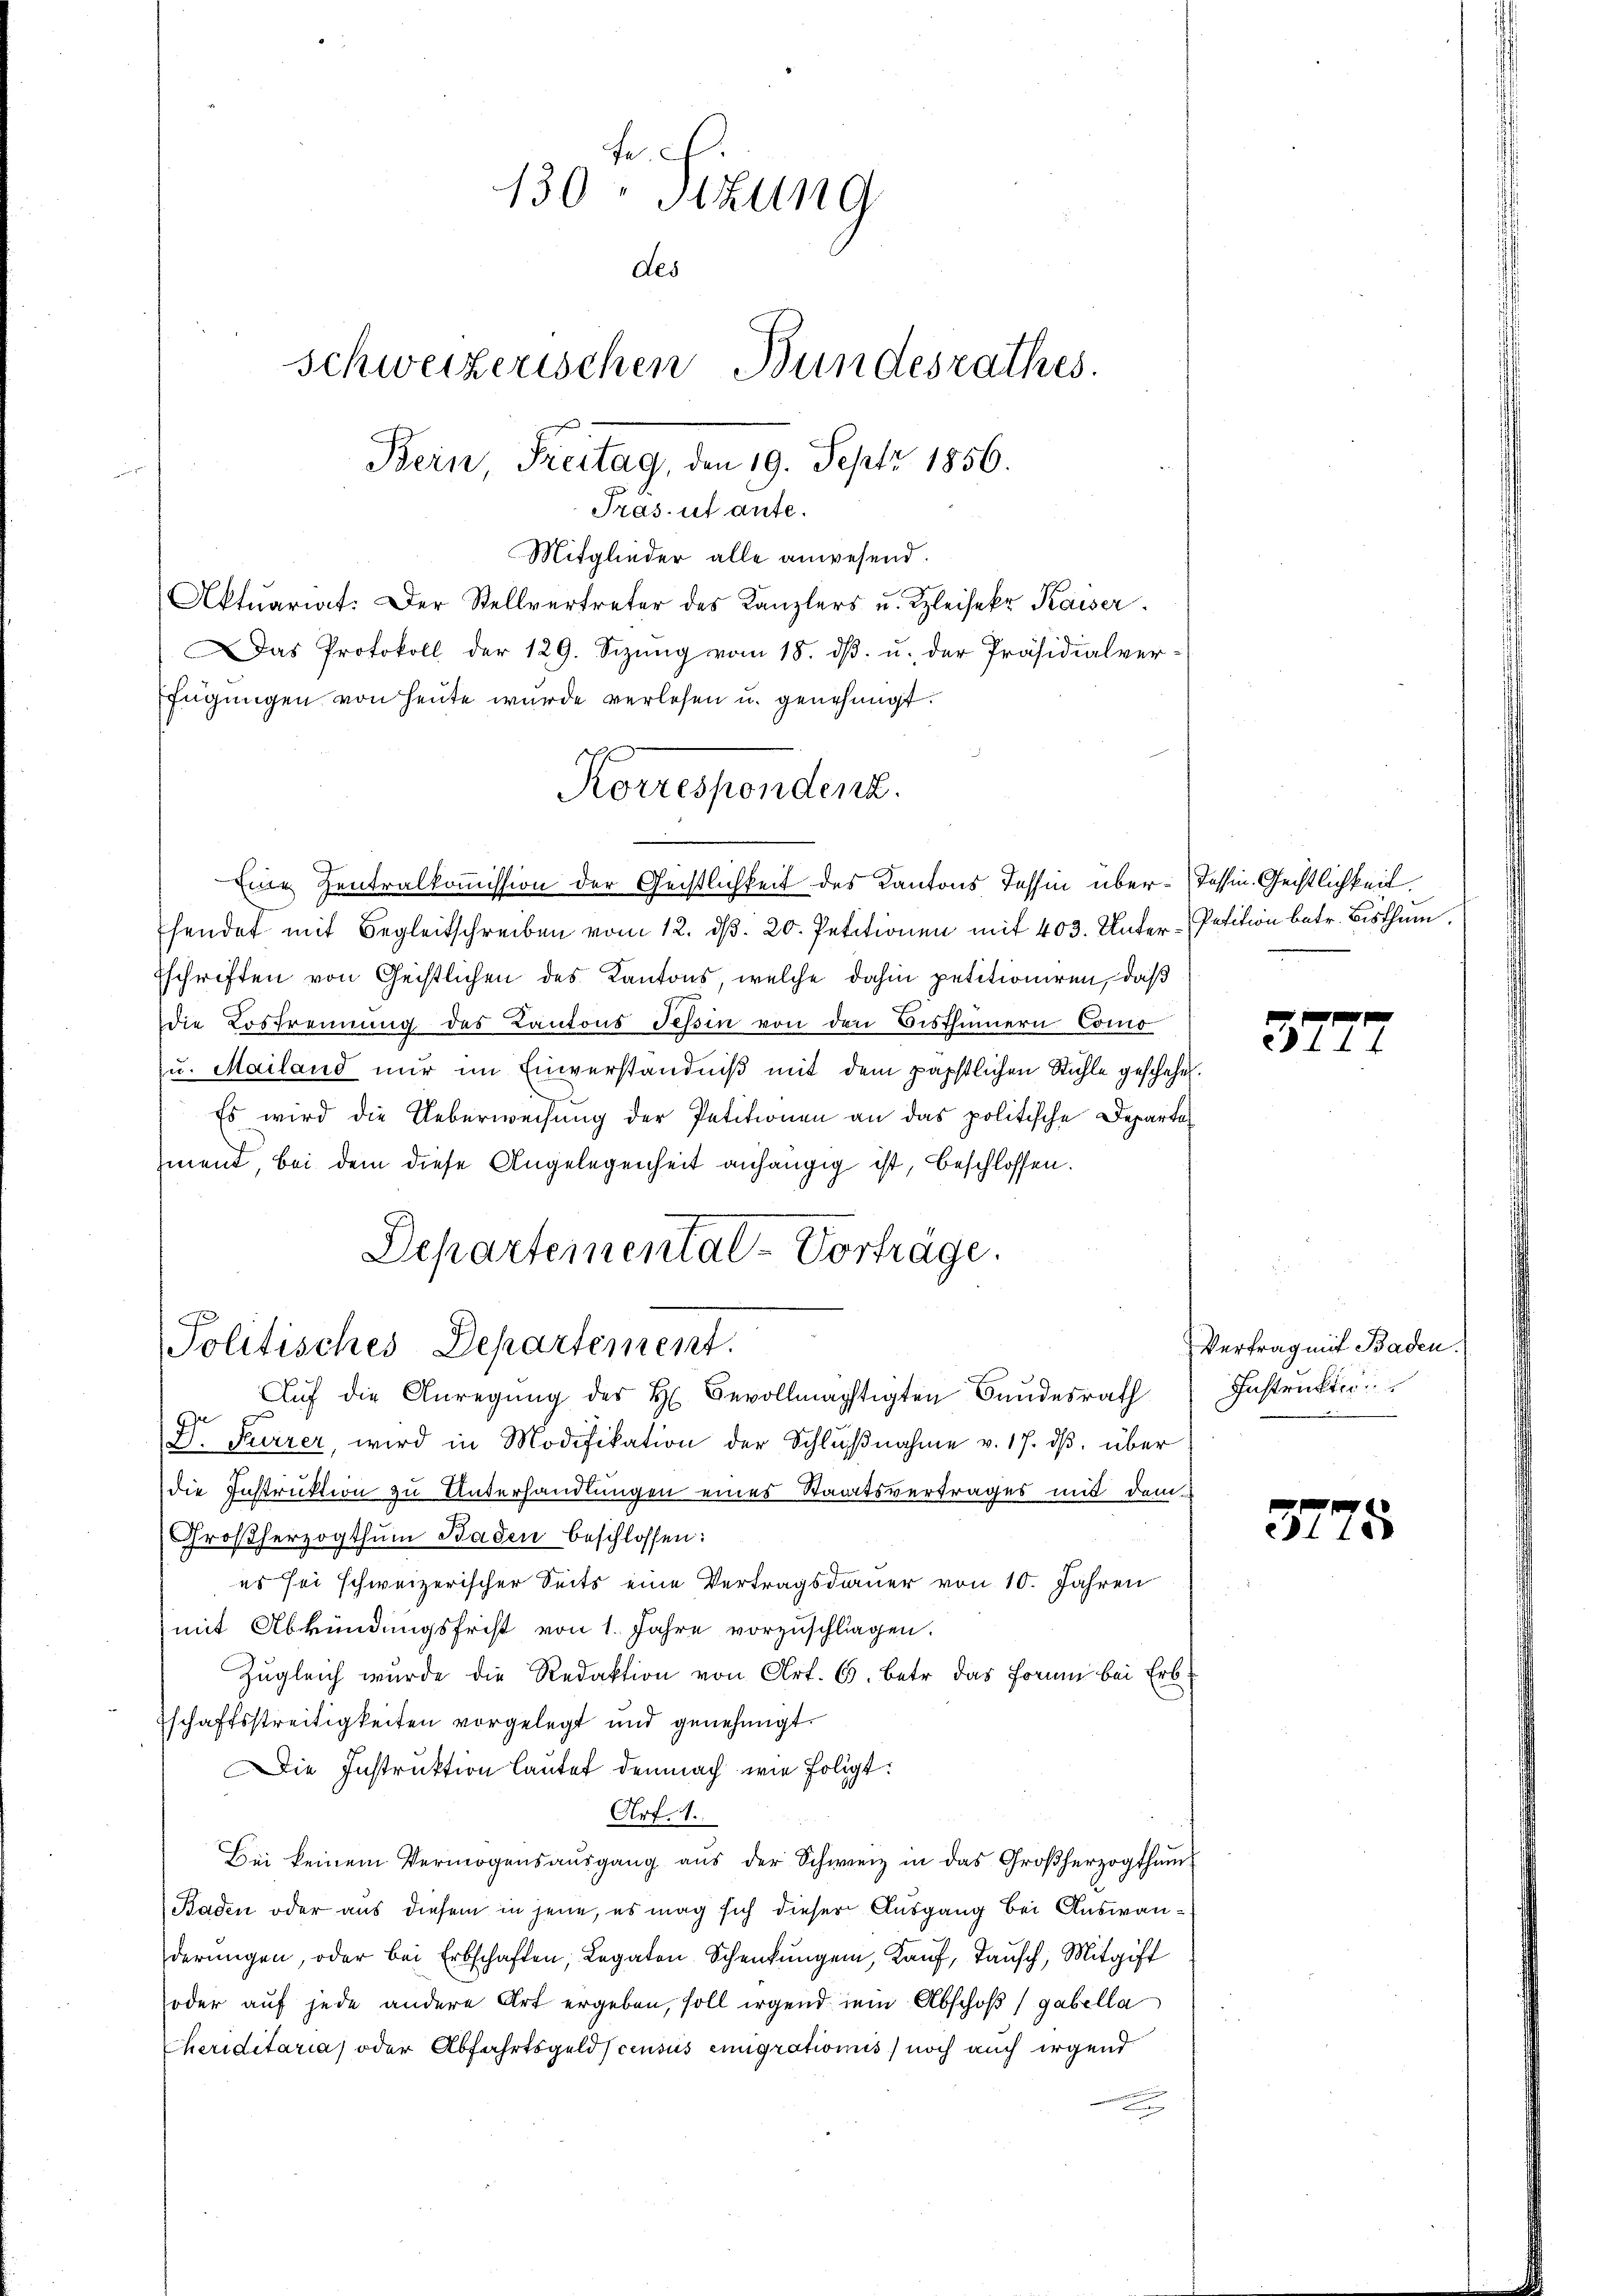
Mitglieder alle anwesend.
Aktuariat. Der Stellvertreter des Kanzlers u. Kleisekr. Kaiser
Das Protokoll der 129. Sizung vom 18. dβ. u. der Präsidialverfügungen von heute wurde verlesen u. genehmigt.
Korrespondenz.

130 Sizung
des
Schweizerischen Bundesrathes.
Bein Freitag, den 19. Sept 1856.
Tras, ut ante.

Departemental-Vorträge.
Politisches Departement.

Eine Zentralkommission der Geistlichkeit des Kantons Tessin über Tessin. Geistlichkeit.
sendet mit Begleitschreiben vom 12. d. 20. Petitionen mit 403. Unter-Petition betr. Bisthum.
Eschriften von Geistlichen des Kantons, welche dahin petitioniren, daß
die Lostrennung des Kantons Tessin von den Bisthümern Como
u. Mailand nur im Einverständniß mit dem päpstlichen Stühle geschehen.
Es wird die Ueberweisung der Petitionen an das politische Departement, bei dem diese Angelegenheit anhängig ist, beschlossen.
Aŭf die Anregŭng der H. Bevollmächtigten Bundesrath
D. Furrer, wird in Modifikation der Schlŭβnahme v. 17. dβ über
die Instruktion zu Unterhandlungen eines Staatsvertrages mit dem
Großherzogthum Baden beschlossen:
es sei schweizerischer Seits eine Vertragsdauer von 10. Jahren
mit Abkündungsfrist von 1. Jahre vorzuschliegen.
Zugleich wurde die Redaktion von Art. 6. Betr. das Form bei Erb-
schaftsstreitigkeiten vorgelegt und genehmigt.
ie Instruktion lautet demnach wie foligt:
Art. 1.
Bei keinem Vermögensausgang aus der Schweiz in das Großherzogthum
Baden oder aus diesem in jene, es mag sich dieser Ausgang bei Auswanderŭngen, oder bei Erbschaften, Legaten Schenkungen, Kauf, Tausch, Mitgift
oder auf jede andere Art ergeben, soll irgend sein Abschoß / gabella
Heriditaria oder Abfahrtsgeldscensus emigrationis, noch auch irgend

37.

Vertrag mit Baden
Instrukti

3175